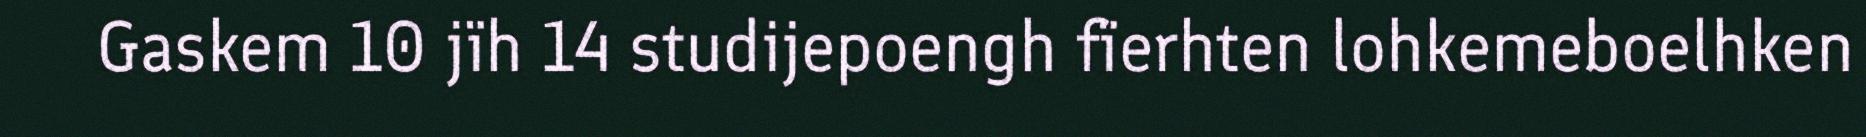
Gaskem 10 jïh 14 studijepoengh fïerhten lohkemeboelhken